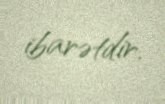
ibarətdir.